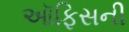
ઑફિસની